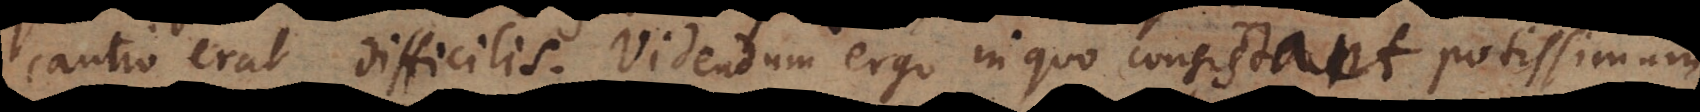
cautio erat difficilis. Videndum ergo in quo consistere possint